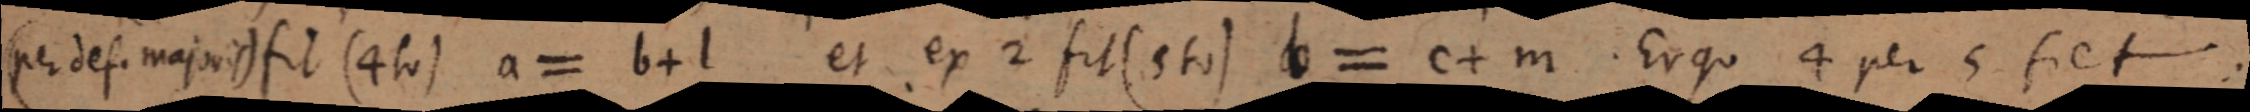
(per def. majoris) fit (4to) a = b + l et ex 2 fit (5to) b = c + m. Ergo 4 per 5 fiet: